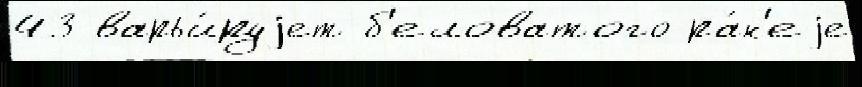
43 варьи́руjет б'еловатого ра́н'еjе